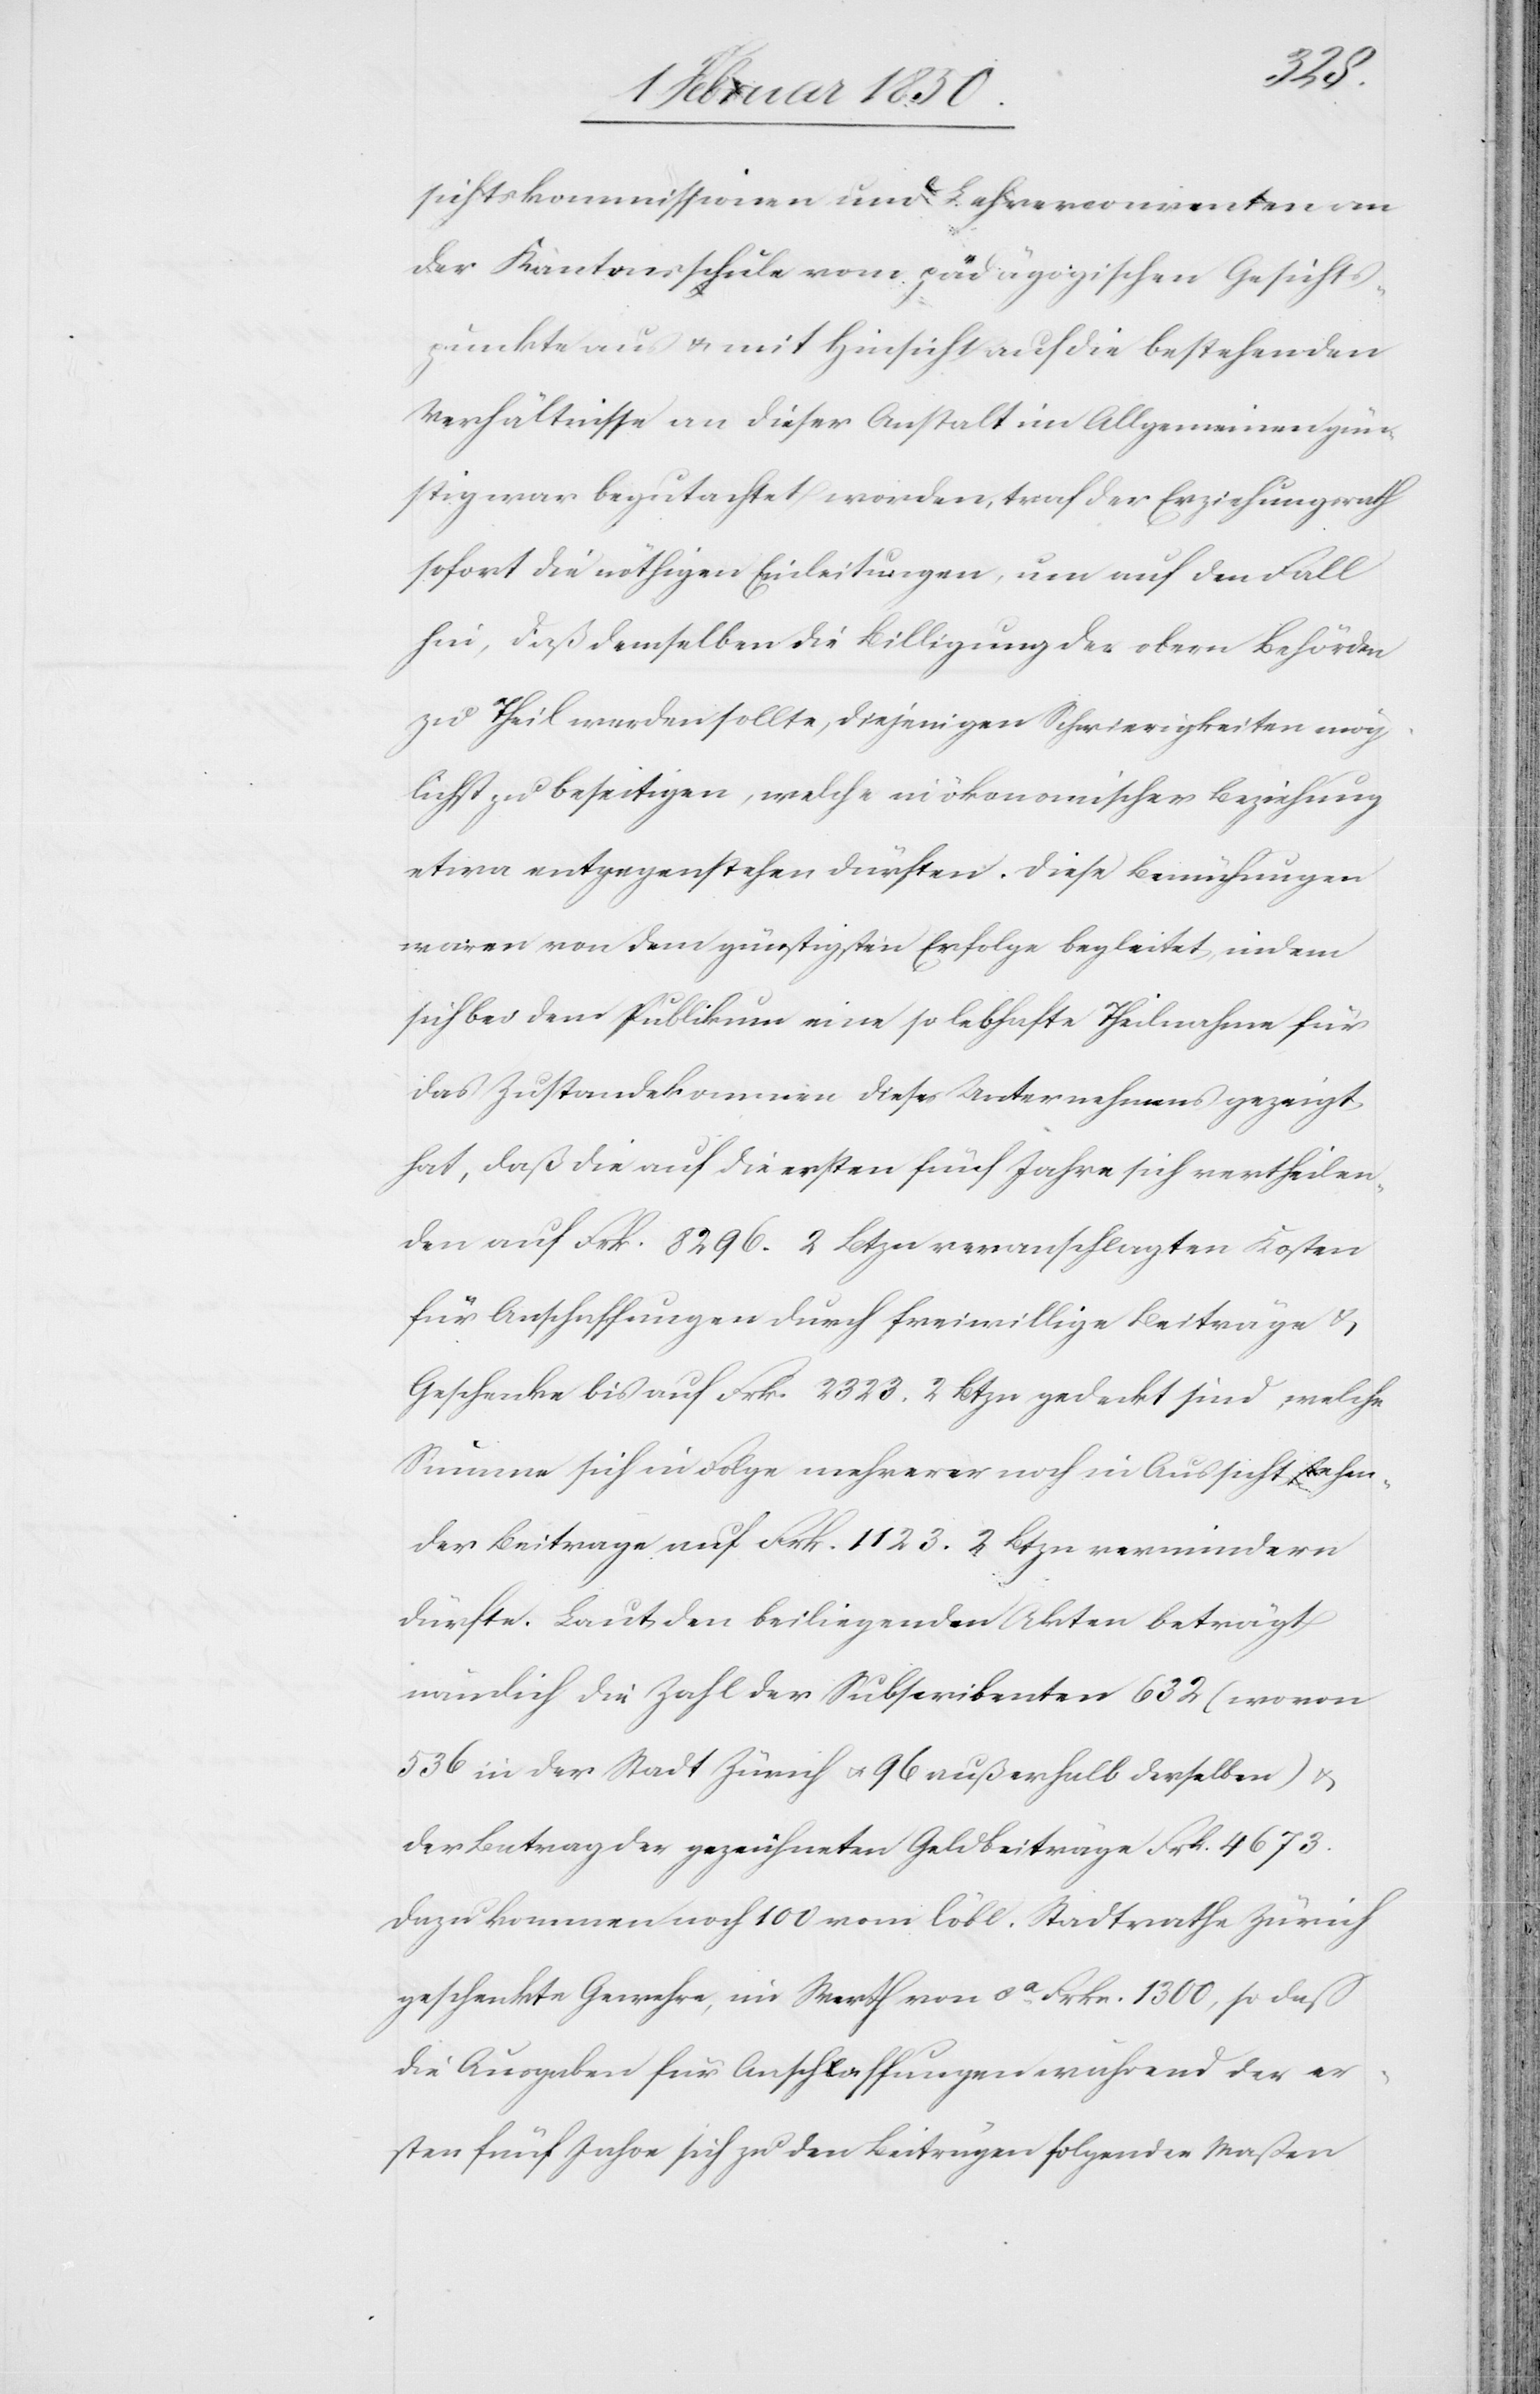
sichtskommissionen und Lehrerconventen an
der Kantonsschule vom pädägogischen Gesichts¬
punkte aus u. mit Hinsicht auf die bestehenden
Verhältnisse an dieser Anstalt im Allgemeinen gün¬
stig war begutachtet worden, traf der Erziehungsrath
sofort die nöthigen Einleitungen, um auf den Fall
hin, daß demselben die Billigung der obern Behörden
zu Theil werden sollte, diejenigen Schwierigkeiten mög¬
lichst zu beseitigen, welche in ökonomischer Beziehung
etwa entgegenstehen dürften. Diese Bemühungen
waren von dem günstigsten Erfolge begleitet, indem
sich bei dem Publikum eine so lebhafte Theilnahme für
das Zustandekommen dieses Unternehmens gezeigt
hat, daß die auf die ersten fünf Jahre sich vertheilen¬
den auf Frk. 8296. 2 Btzn veranschlagten Kosten
für Anschaffungen durch freiwillige Beiträge u.
Geschenke bis auf Frk. 2323. 2 Btzn gedeckt sind, welche
Summe sich in Folge mehrerer noch in Aussicht stehen¬
der Beiträge auf Frk. 1123. 2 Btzn vermindern
dürfte. Laut den beiliegenden Akten beträgt
nämlich die Zahl der Subscribenten 632 (wovon
536 in der Stadt Zürich u. 96 außerhalb derselben) u.
der Betrag der gezeichneten Geldbeiträge Frk. 4673.
Dazu kommen noch 100 vom löbl. Stadtrathe Zürich
geschenkte Gewehre, im Werth von ca Frk. 1300, so daß
die Ausgaben für Anschaffungen während der er¬
sten fünf Jahre sich zu den Beiträgen folgender Maßen